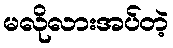
မလိုလားအပ်တဲ့